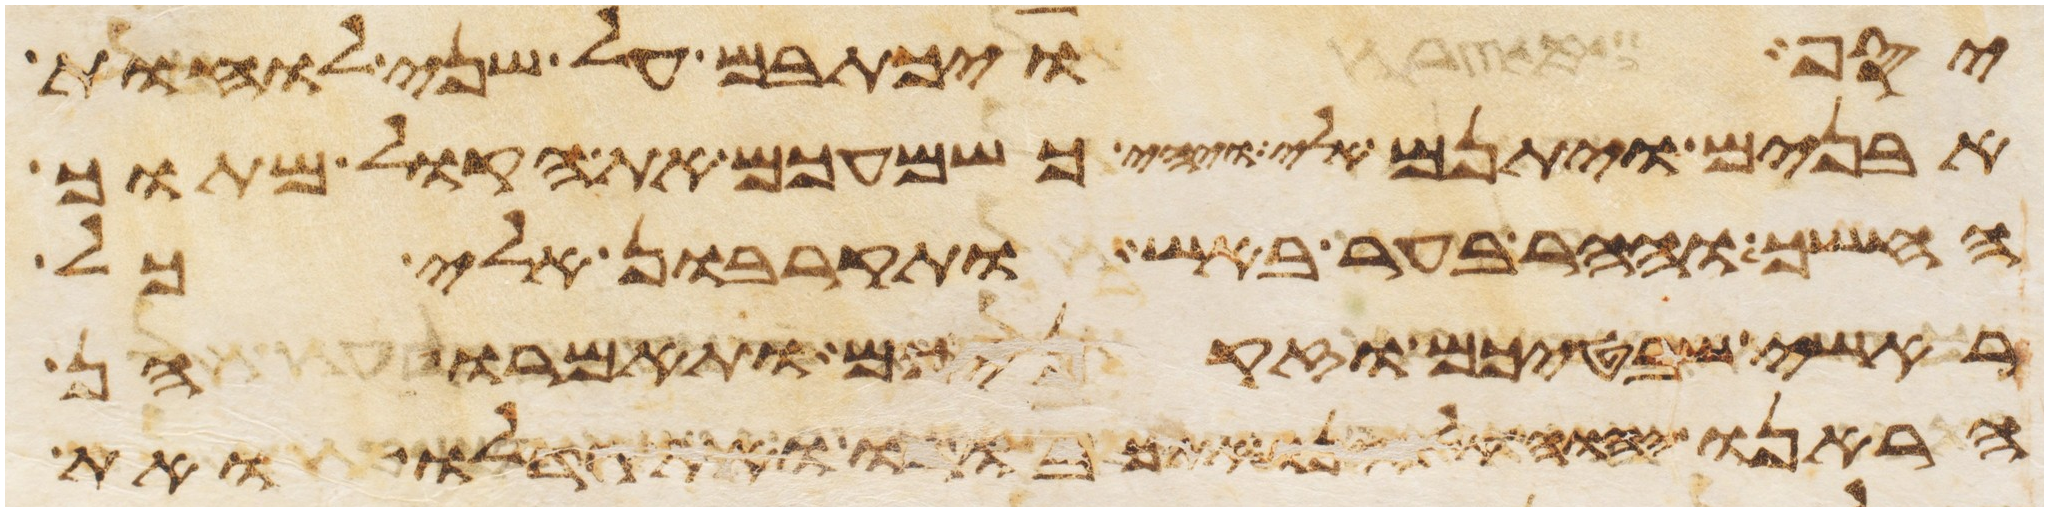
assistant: יסף ויכתבם על שני לוחת
אבנים ויתנם אלי ויהי כשמעכם את הקול מתוך
החשך וההר בער באש ותקרבון אלי כל
ראשי שבטיכם וזקניכם ותאמרו הן
הראנו יהוה אלהינו את כבודו ואת גדלו ואת